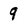
Character: 9